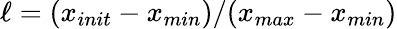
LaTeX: \ell=(x_{init}-x_{min})/(x_{max}-x_{min})